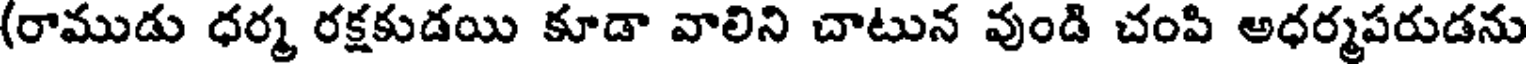
(రాముడు ధర్మ రక్షకుడయి కూడా వాలిని చాటున వుండి చంపి అధర్మపరుడను